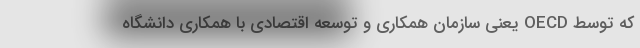
که توسط OECD یعنی سازمان همکاری و توسعه اقتصادی با همکاری دانشگاه